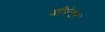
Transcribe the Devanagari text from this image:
बीरेश्वर